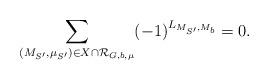
LaTeX: \begin{align*}{}\sum\limits_{(M_{S'}, \mu_{S'}) \in X \cap \mathcal{R}_{G, b, \mu}} (-1)^{L_{M_{S'},M_b}} =0. \end{align*}